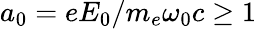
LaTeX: a_{0}=eE_{0}/m_{e}\omega_{0}c\geq 1